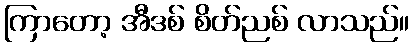
ကြာတော့ အီဒစ် စိတ်ညစ် လာသည်။